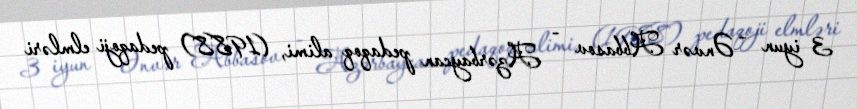
3 iyun – Ənvər Abbasov - Azərbaycan pedaqoq alimi, (1988) pedaqoji elmləri